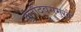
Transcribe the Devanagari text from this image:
कृतदिवसमुखैः